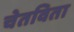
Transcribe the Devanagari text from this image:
चेतविता